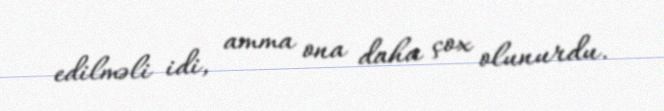
edilməli idi, amma ona daha çox olunurdu.